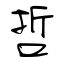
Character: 哲